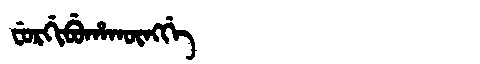
Manchu: ᠸᡠᡵᡤᡳᠪᡠᡥᠠᡴᡡᠩᡤᡝ
Romanization: FURGIBUHAKŪNGGE